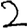
Digit: 2